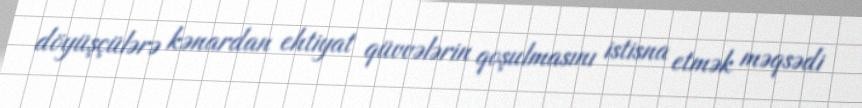
döyüşçülərə kənardan ehtiyat qüvvələrin qoşulmasını istisna etmək məqsədi